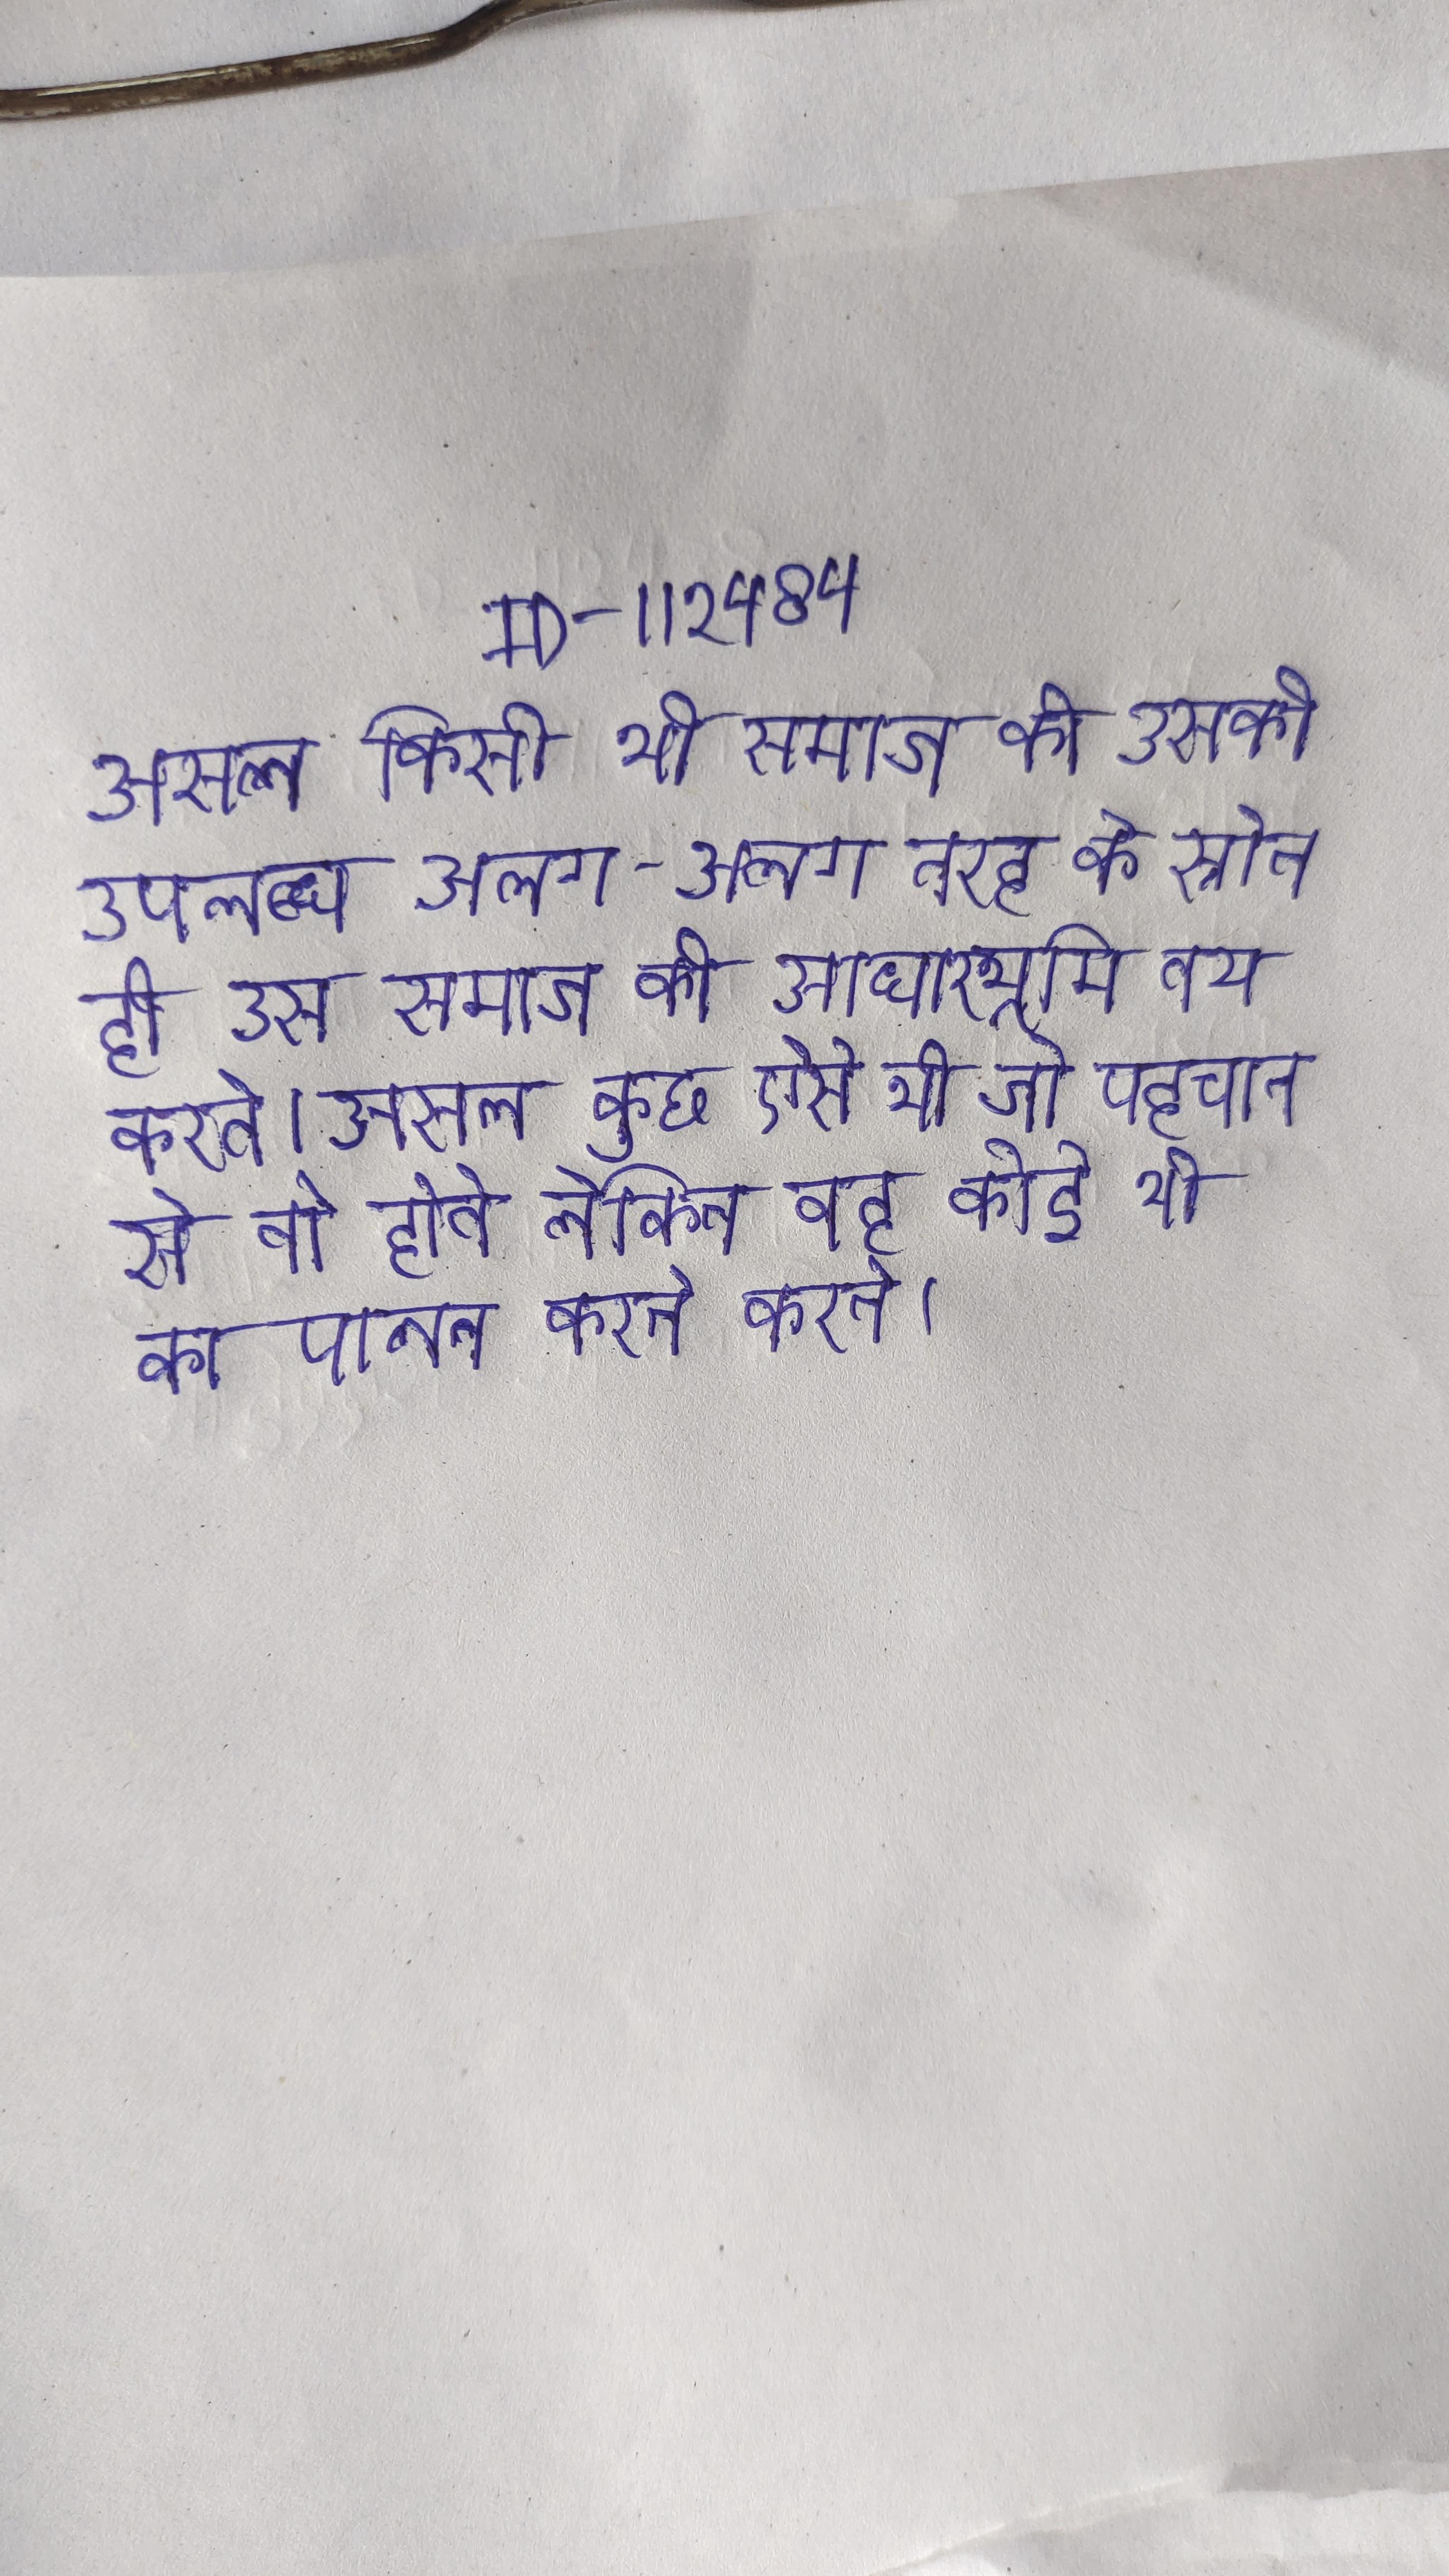
असल किसी भी समाज की उसकी उपलब्ध अलग-अलग तरह के स्रोत ही उस समाज की शिक्षा की नीति की आधारभूमि तय करते । असल कुछ ऐसे भी जो पहचान से तो होते लेकिन वह कोई भी का पालन करते करते ।